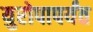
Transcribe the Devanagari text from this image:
युरोपापर्यंत